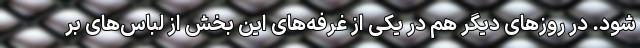
شود. در روز‌های دیگر هم در یکی از غرفه‌های این بخش از لباس‌های بر